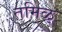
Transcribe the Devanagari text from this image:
तमिळ्